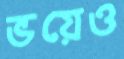
ভয়েও